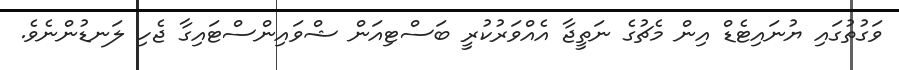
ވަގުތުގައި ޔުނައިޓެޑް އިން މެޗުގެ ނަތީޖާ އެއްވަރުކުރީ ބަސްޓިއަން ޝްވައިންސްޓައިގާ ޖެހި ލަނޑުންނެވެ.